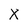
Character: X